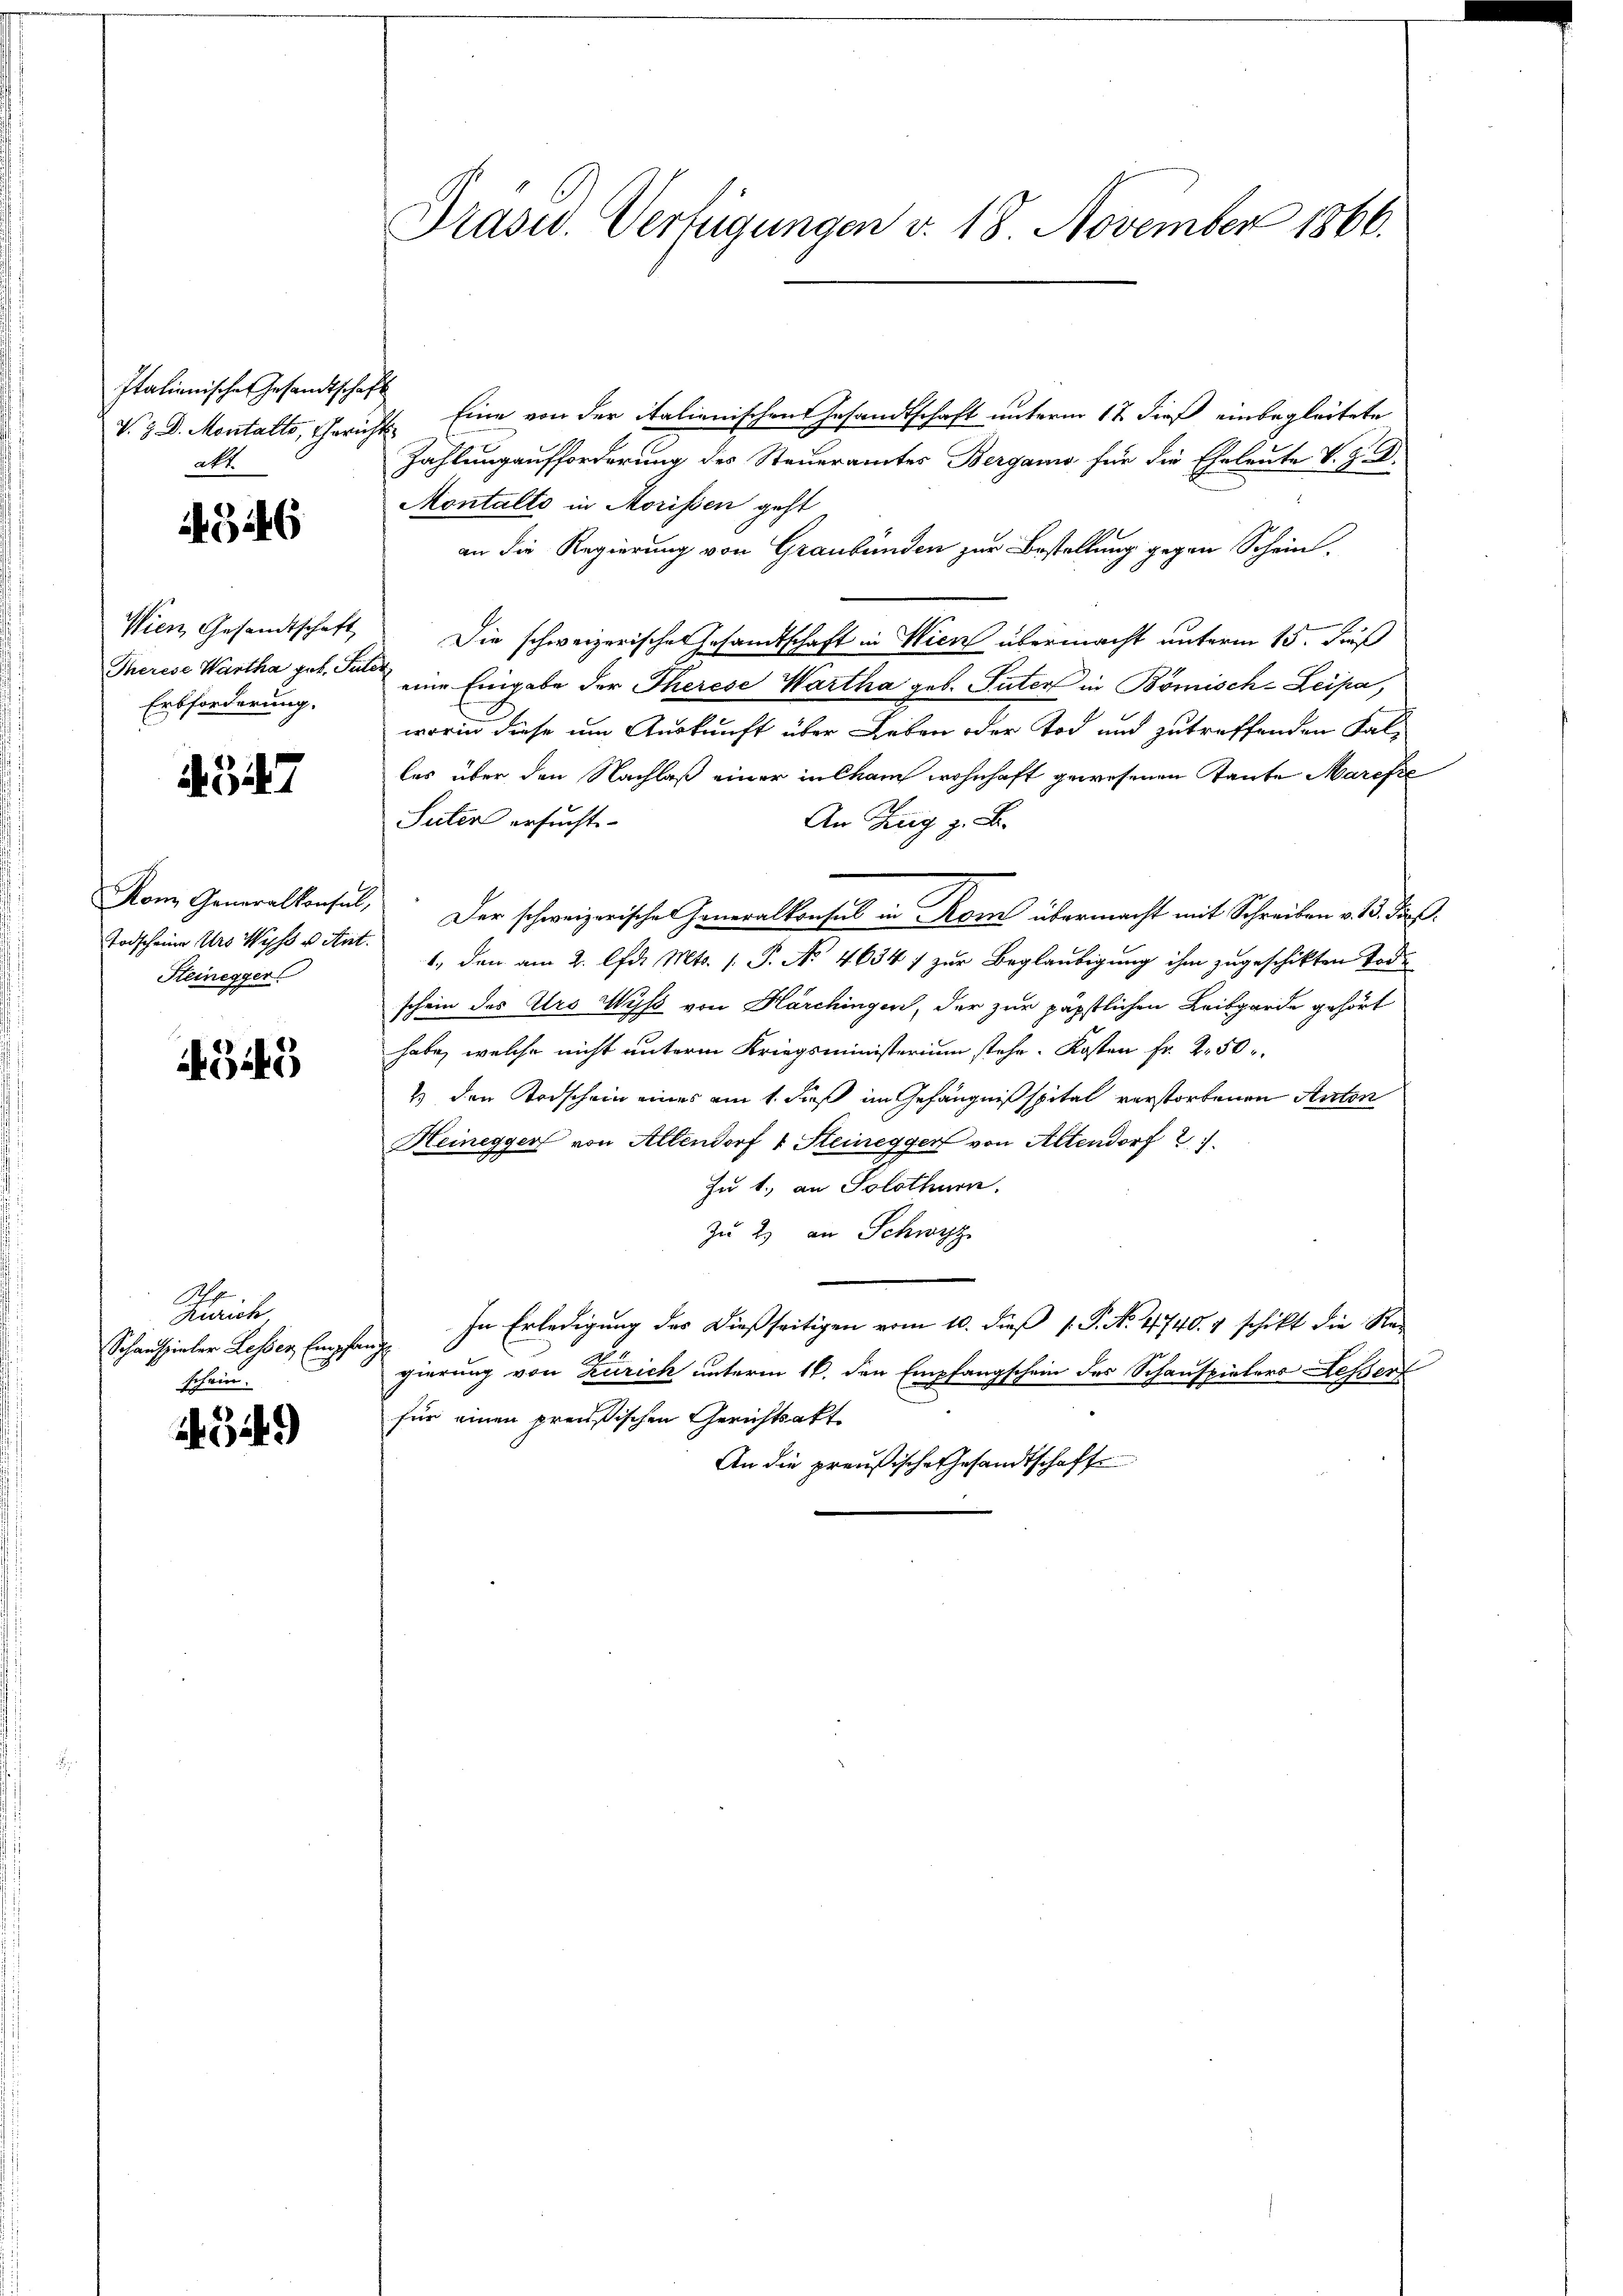
Italianische Gesandtschaft
alt

346

Wien Gesandtschaft
Therese Wartha geb. Fe
Erbforderung.

547

Kon Generalkonsul,
Todscheine Urs Wyss u. Ant.
Steinegger

349

Ap
Zürich
Schauspieler Lesser Empfang
schein.

3449

Präsid. Verfügungen v. 18. November 1866.

V. Z. D. Montalte, Gericht. Eine von der italienischen Gesandtschaft unterm 17. dieß einbegleitete
Zahlung aufforderung des Steueramtes Bergamo für die Eheleute V. Z. D.
Montalts in Morissen geht
an die Regierung von Graubünden zur Bestellung gegen Schein,
Die schweizerisches Gesandtschaft in Wien übermacht unterm 15. Fuß
 eine Eingabe der Therese Wartha geb. Suter in Bömisch-Leipa,
worin diese um Auskunft über Leben oder Tod und zutreffenden Falles über den Nachlaß einer in Cham wohnhaft gewesenen Tante Marefte
Suter ersucht
An Zug z. B.
Der schweizerische Generalkonsul in Rom übermacht mit Schreiben v. 13. darf.
1., den am 2. Apr. Mts. 1. P. No 46347 zur Beglaubigung ihm zugeschikten Tode
schein des Urs Wyss von Härchingen, der zur päpstlichen Leibgarde gehört
habe, welche nicht unterm Kriegsministerium stehe. Kosten Fr. 250
1) den Todschein eines am 1. dieß im Gefängniß spital verstorbenen Anton
Heinegger von Allendorf & Steinegger von Altendorf
Zu 1. an Solothurn,
Zu 2) an Schwyz
In Erledigung des dießseitigen vom 10. dieß P. No. 4740. 4 schikt die Re-
¬
gierung von Zürich unterm 16. den Empfangschein des Schauspielers Fessert
für einen preußischen Gerichtsakt
An die preußische Gesandtschafte